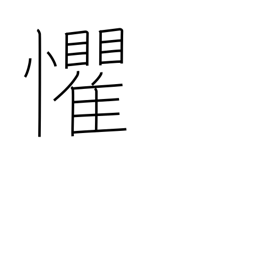
Meaning: overawed